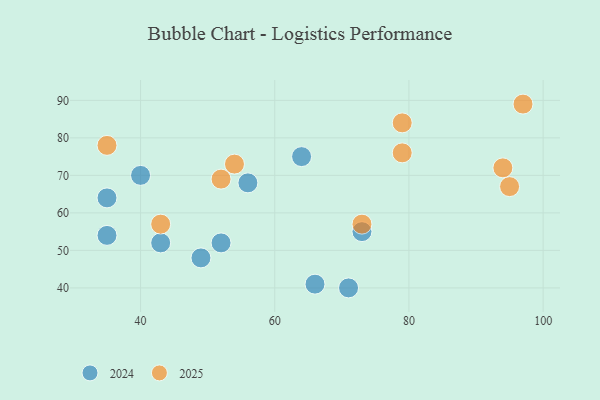
{"axis": {"x": "GDP", "y": "Life Expectancy"}, "legend": ["2024", "2025"], "data": [{"x": "79", "y": 76, "type": "2025"}, {"x": "43", "y": 57, "type": "2025"}, {"x": "79", "y": 84, "type": "2025"}, {"x": "54", "y": 73, "type": "2025"}, {"x": "95", "y": 67, "type": "2025"}, {"x": "35", "y": 78, "type": "2025"}, {"x": "52", "y": 69, "type": "2025"}, {"x": "73", "y": 57, "type": "2025"}, {"x": "94", "y": 72, "type": "2025"}, {"x": "97", "y": 89, "type": "2025"}, {"x": "56", "y": 68, "type": "2024"}, {"x": "35", "y": 54, "type": "2024"}, {"x": "64", "y": 75, "type": "2024"}, {"x": "73", "y": 55, "type": "2024"}, {"x": "40", "y": 70, "type": "2024"}, {"x": "35", "y": 64, "type": "2024"}, {"x": "49", "y": 48, "type": "2024"}, {"x": "52", "y": 52, "type": "2024"}, {"x": "43", "y": 52, "type": "2024"}, {"x": "71", "y": 40, "type": "2024"}, {"x": "66", "y": 41, "type": "2024"}]}